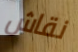
نقاش